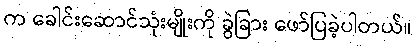
က ခေါင်းဆောင်သုံးမျိုးကို ခွဲခြား ဖော်ပြခဲ့ပါတယ်။